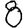
Digit: 8